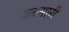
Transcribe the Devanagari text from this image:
तलसारी